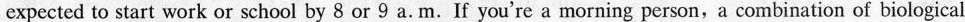
expected to start work or school by 8 or 9 a. m. If you're a morning person, a combination of biological